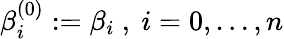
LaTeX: \beta_{i}^{(0)}:=\beta_{i}{\mathrm{~,~}}i=0,\ldots,n